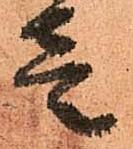
壱